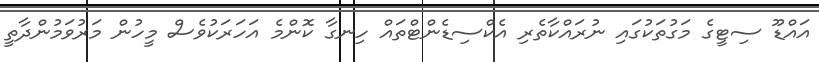
އައްޑޫ ސިޓީގެ މަގުތަކުގައި ނުރައްކާތެރި އެކްސިޑެންޓްތައް ހިނގާ ކޮންމެ އަހަރަކުވެސް މީހުން މަރުވަމުންދާތީ